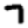
Digit: 7